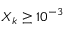
X _ { k } \geq 1 0 ^ { - 3 }